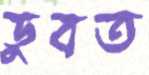
ডুবত